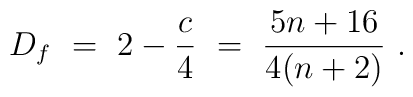
D_f ~=~ 2 - {c\over 4} ~=~ {5n+16 \over 4(n+2)} \ .